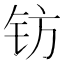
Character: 钫